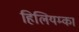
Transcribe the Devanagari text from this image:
हिलियम्का